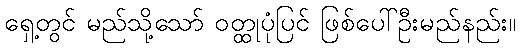
ရှေ့တွင် မည်သို့သော် ဝတ္ထုပုံပြင် ဖြစ်ပေါ်ဦးမည်နည်း။